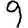
Digit: 9